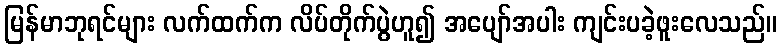
မြန်မာဘုရင်များ လက်ထက်က လိပ်တိုက်ပွဲဟူ၍ အပျော်အပါး ကျင်းပခဲ့ဖူးလေသည်။